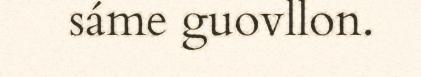
sáme guovllon.